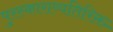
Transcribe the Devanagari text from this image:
पुरस्काराव्यतिरिक्त